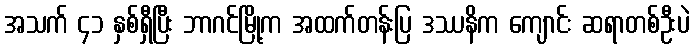
အသက် ၄၁ နှစ်ရှီပြီး ဘာဂင်မြို့က အထက်တန်းပြ ဒဿနိက ကျောင်း ဆရာတစ်ဦးပဲ